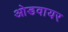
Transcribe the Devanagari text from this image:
ओडवायर